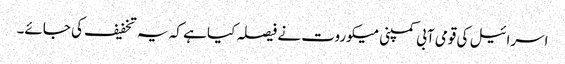
اسرائیل کی قومی آبی کمپنی میکوروت نے فیصلہ کیا ہے کہ یہ تخفیف کی جائے۔